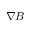
\nabla B